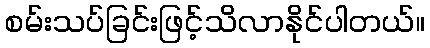
စမ်းသပ်ခြင်းဖြင့်သိလာနိုင်ပါတယ်။